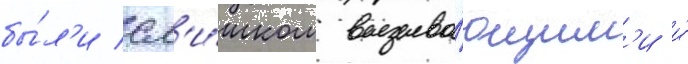
бы́л'и сл'и́шком вызыва́ющим'и и́